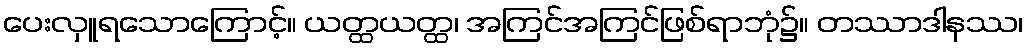
ပေးလှူရသောကြောင့်။ ယတ္ထယတ္ထ၊ အကြင်အကြင်ဖြစ်ရာဘုံ၌။ တဿာဒါနဿ၊